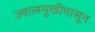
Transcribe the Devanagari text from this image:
ज्वालमुखीपासून